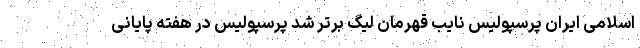
اسلامی ایران پرسپولیس نایب قهرمان لیگ برتر شد پرسپولیس در هفته پایانی